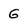
Character: G